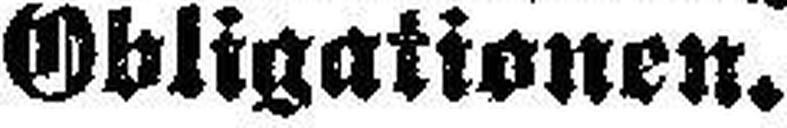
Obligationen.